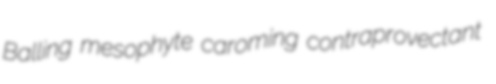
Balling mesophyte caroming contraprovectant